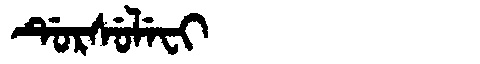
Manchu: ᡩᡠᡵᠰᡠᠯᡝᠸᡳ
Romanization: DURSULEFI